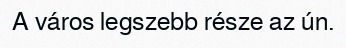
A város legszebb része az ún.